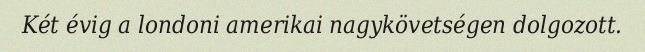
Két évig a londoni amerikai nagykövetségen dolgozott.